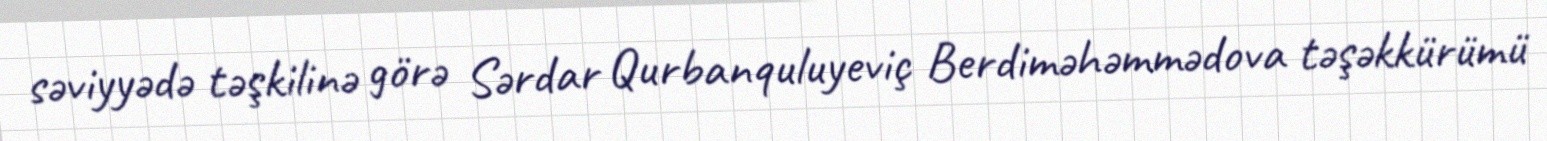
səviyyədə təşkilinə görə Sərdar Qurbanquluyeviç Berdiməhəmmədova təşəkkürümü